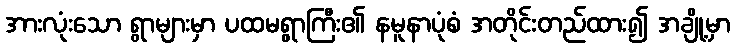
အားလုံးသော ရွာများမှာ ပထမရွာကြီး၏ နမူနာပုံစံ အတိုင်းတည်ထား၍ အချို့မှာ